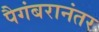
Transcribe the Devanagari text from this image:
पैगंबरानंतर